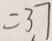
= 3 7